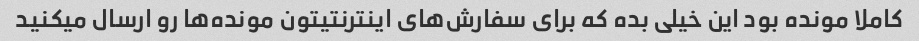
کاملا مونده بود این خیلی بده که برای سفارش‌های اینترنتیتون مونده‌ها رو ارسال میکنید